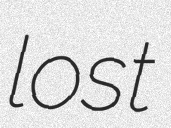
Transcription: lost